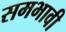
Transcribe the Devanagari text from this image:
समभावी